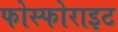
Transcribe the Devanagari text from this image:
फोस्फोराइट